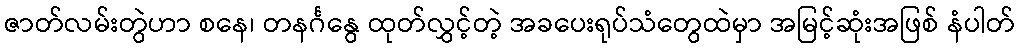
ဇာတ်လမ်းတွဲဟာ စနေ၊ တနင်္ဂနွေ ထုတ်လွှင့်တဲ့ အခပေးရုပ်သံတွေထဲမှာ အမြင့်ဆုံးအဖြစ် နံပါတ်